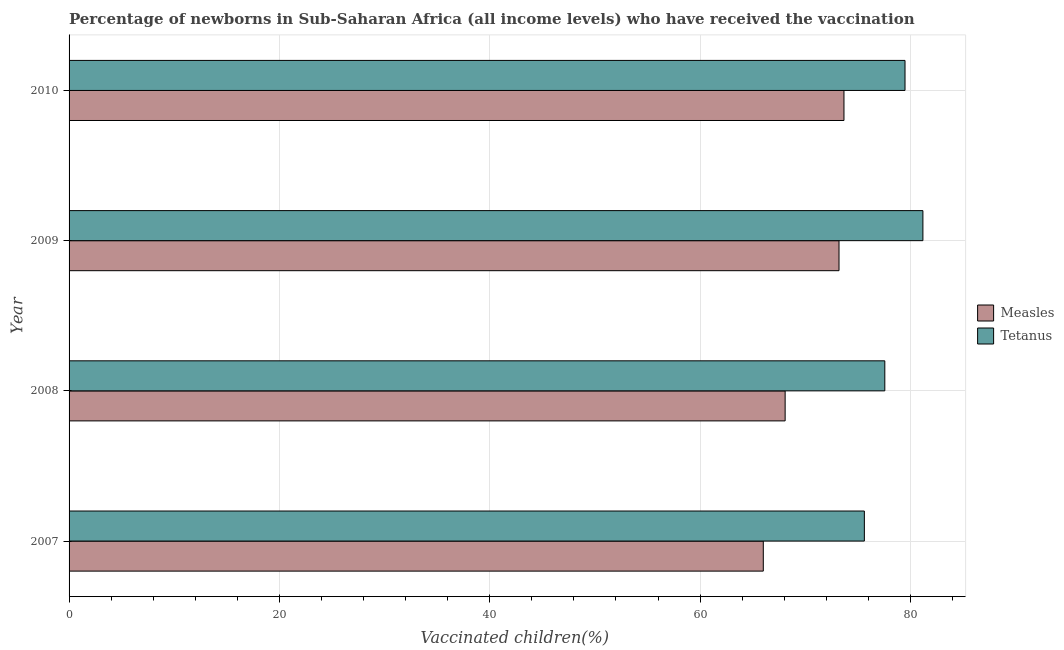
| Year | Measles | Tetanus |
 | --- | --- | --- |
 | 2007 | 66 | 75.6 |
 | 2008 | 68.1 | 77.6 |
 | 2009 | 73.2 | 81.2 |
 | 2010 | 73.7 | 79.5 |